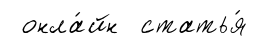
онла́йн статья́